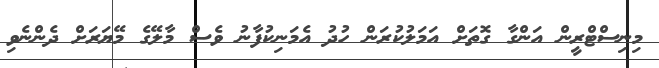
މިނިސްޓްރީން އަންގާ ގޮތަށް އަމަލުކުރަން ހުދު އެމަނިކުފާނު ވެސް މާލޭގެ މޭޔަރަށް ދެންނެވި